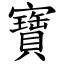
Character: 寶